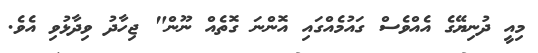
މިއީ ދުނިޔޭގެ އެއްވެސް ގައުމެއްގައި އޮންނަ ގޮތެއް ނޫން" ޖިހާދު ވިދާޅުވި އެވެ.